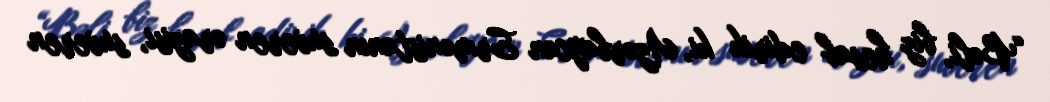
“Bəli, biz hesab edirik ki, Azərbaycan Ermənistanın suveren ərazisi, suveren